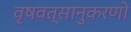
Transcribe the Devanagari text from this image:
वृषवत्सानुकरणो